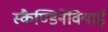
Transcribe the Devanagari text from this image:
स्कैण्डिनेवियाई